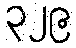
၃၂၉